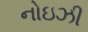
નોઇઝી